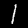
Label: 1